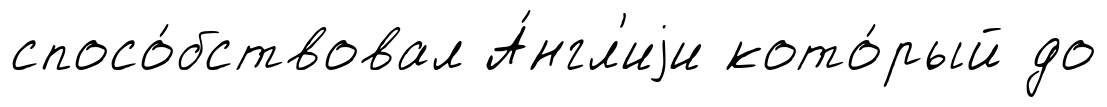
спосо́бствовал А́нгл'иjи кото́рый до